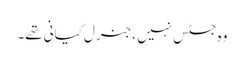
وہ جسٹس نہیں ،جنرل کیانی تھے۔